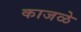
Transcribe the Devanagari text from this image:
काजळे